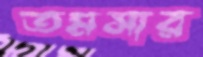
তমসার